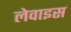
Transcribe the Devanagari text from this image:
लेवाइस